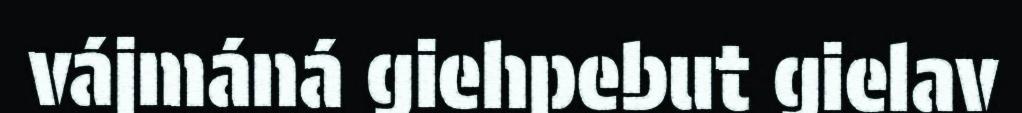
vájmáná giehpebut gielav